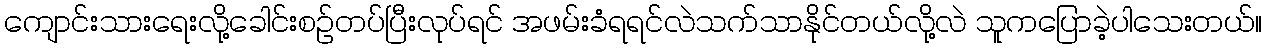
ကျောင်းသားရေးလို့ခေါင်းစဉ်တပ်ပြီးလုပ်ရင် အဖမ်းခံရရင်လဲသက်သာနိုင်တယ်လို့လဲ သူကပြောခဲ့ပါသေးတယ်။